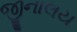
જીનાલય